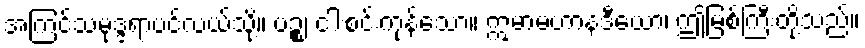
အကြင်သမုဒ္ဒရာပင်လယ်သို့။ ပဉ္စ၊ ငါးစင်းကုန်သော။ ဣမာမဟာနဒီယော၊ ဤမြစ်ကြီးတို့သည်။